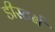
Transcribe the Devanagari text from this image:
डीस्टर्ब